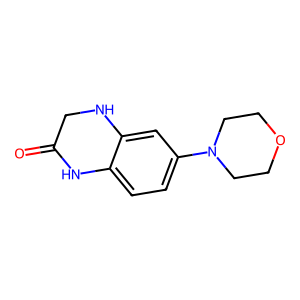
SMILES: O=C1CNc2cc(N3CCOCC3)ccc2N1
Inhibits HIV replication: No